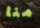
منا